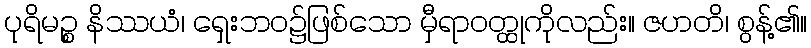
ပုရိမဉ္စ နိဿယံ၊ ရှေးဘဝ၌ဖြစ်သော မှီရာဝတ္ထုကိုလည်း။ ဇဟတိ၊ စွန့်၏။